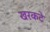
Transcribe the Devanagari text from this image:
खरकटे